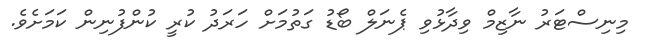
މިނިސްޓަރު ނާޒިމް ވިދާޅުވި ޕެނަލް ބޯޑު ގަތުމަށް ހަރަދު ކުރީ ކުންފުނިން ކަމަށެވެ.